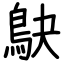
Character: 鴃